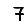
Digit: 7